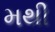
મથી